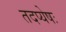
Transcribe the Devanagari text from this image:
तदप्येषः